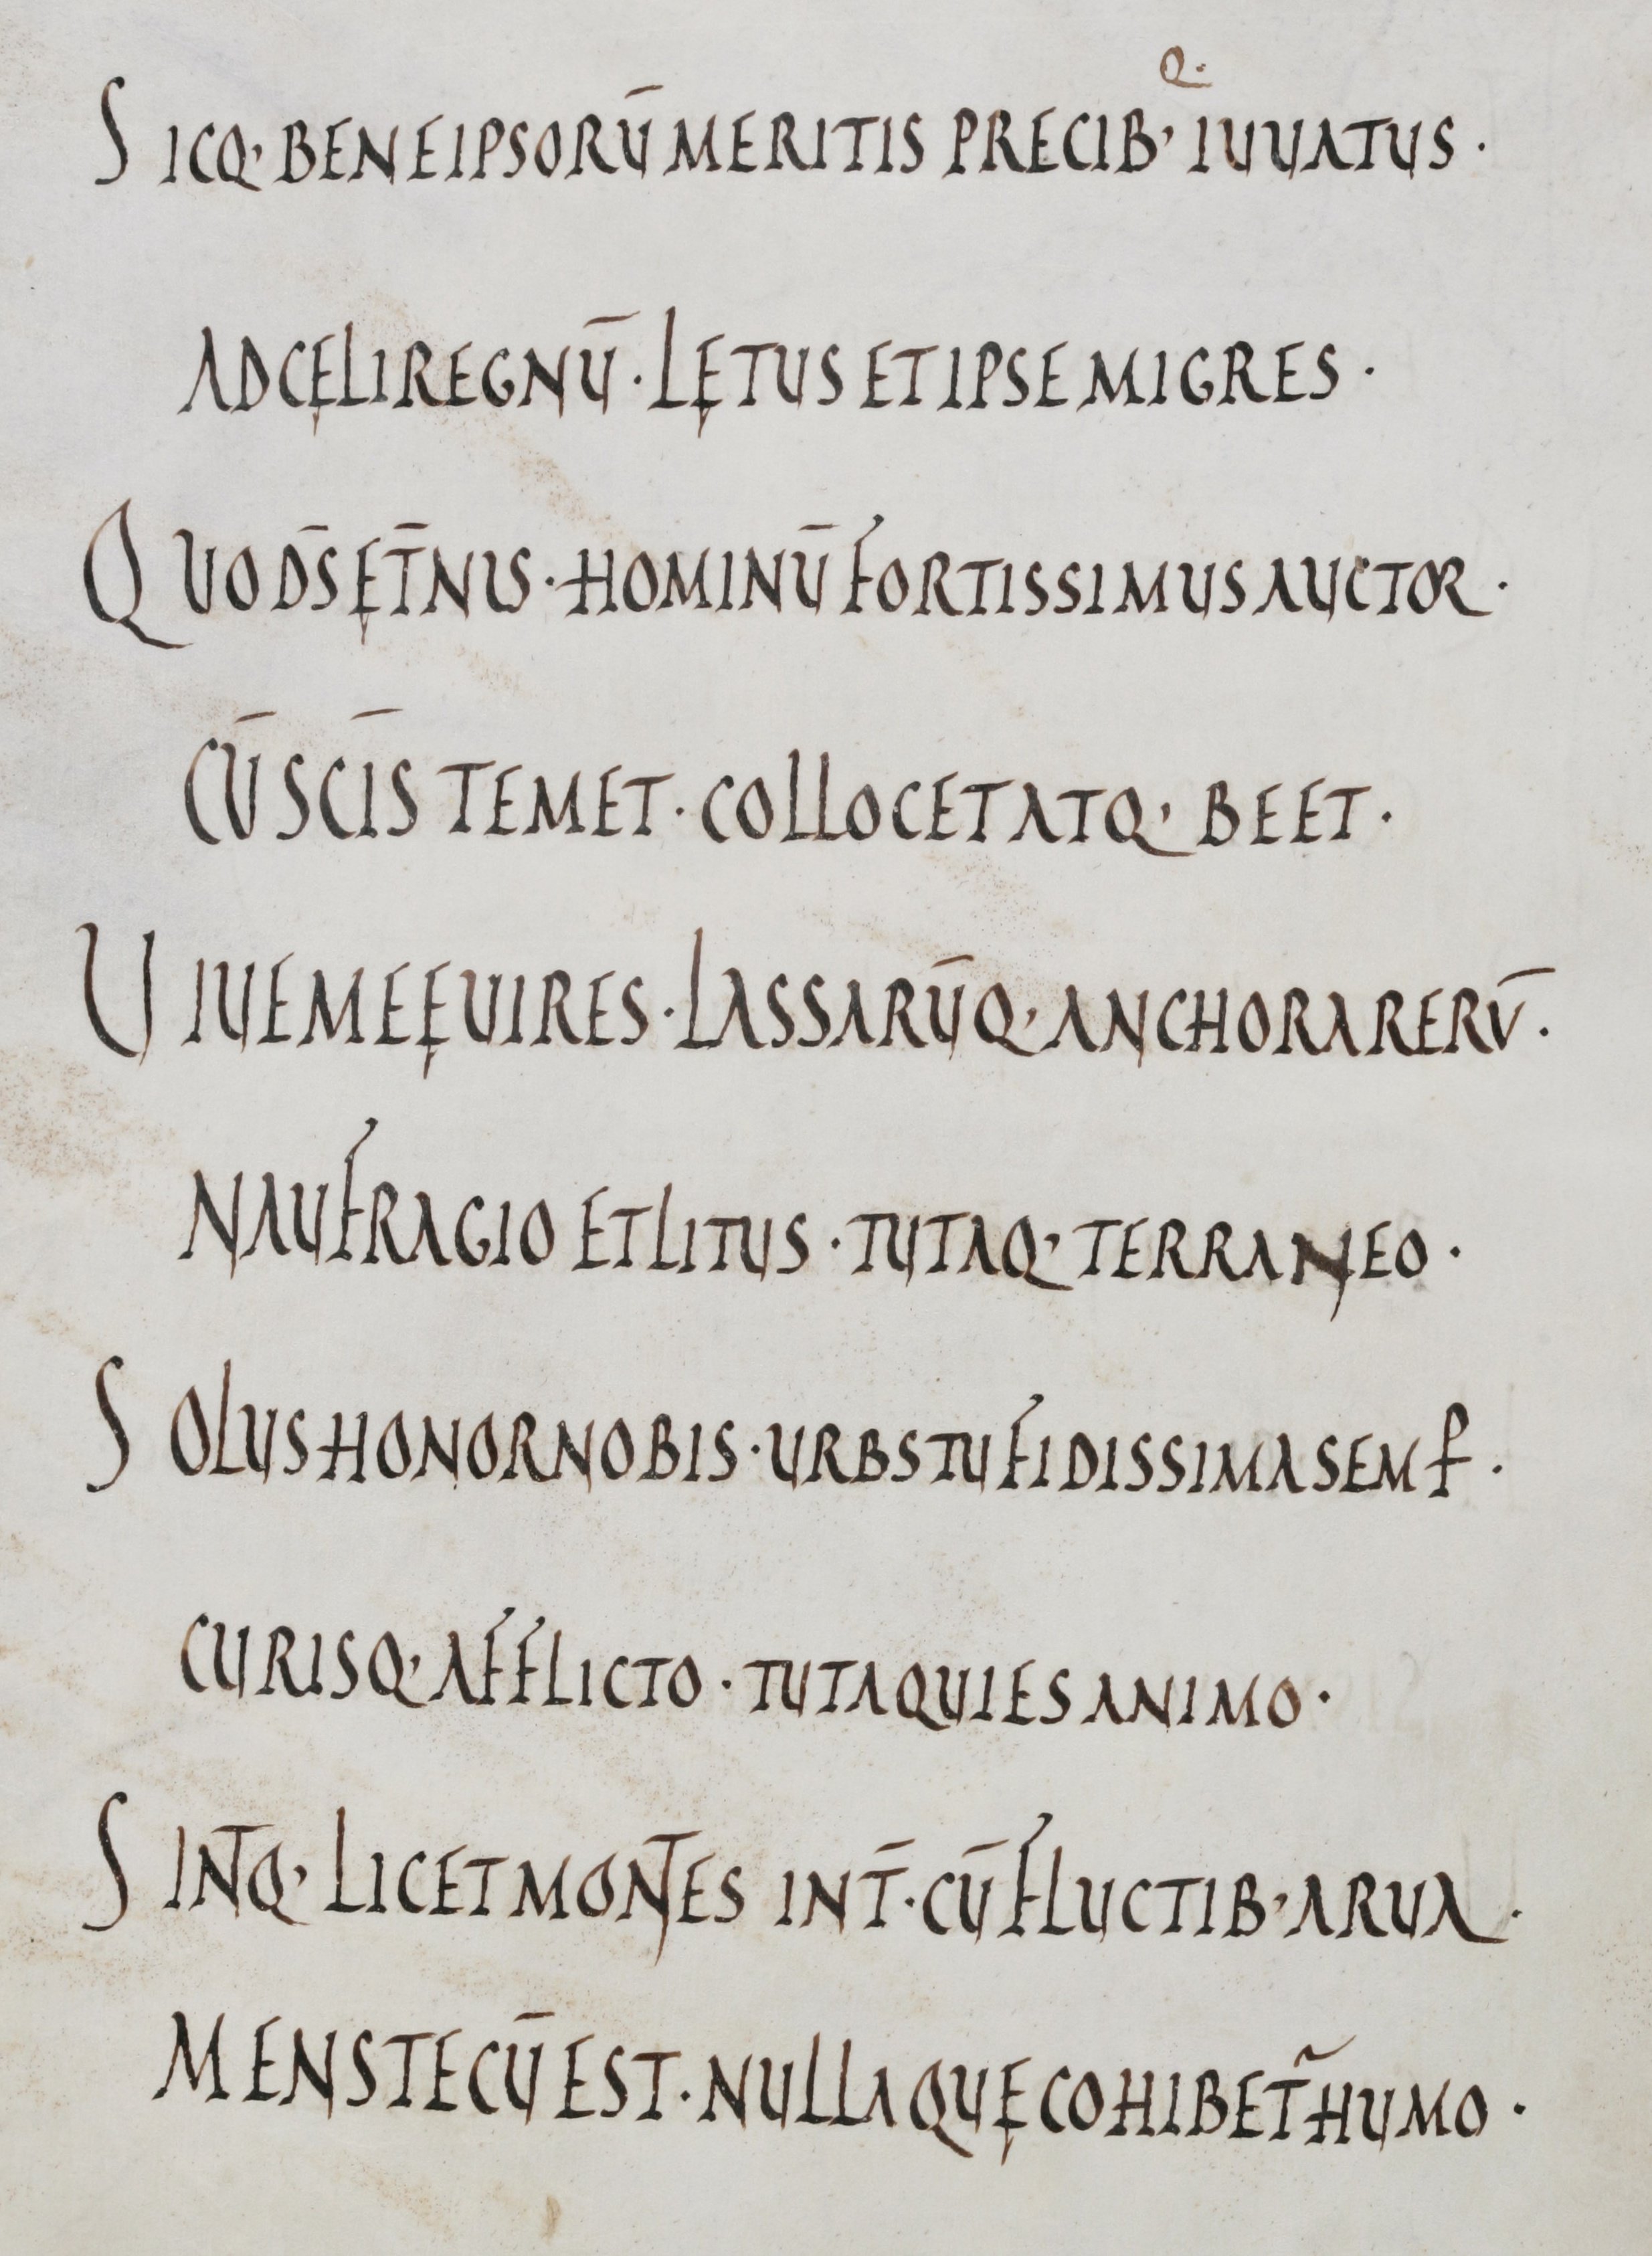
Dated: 800–899